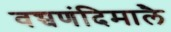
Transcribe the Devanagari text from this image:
वच्चणंदिमालै